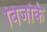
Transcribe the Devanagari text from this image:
बिजोर्क